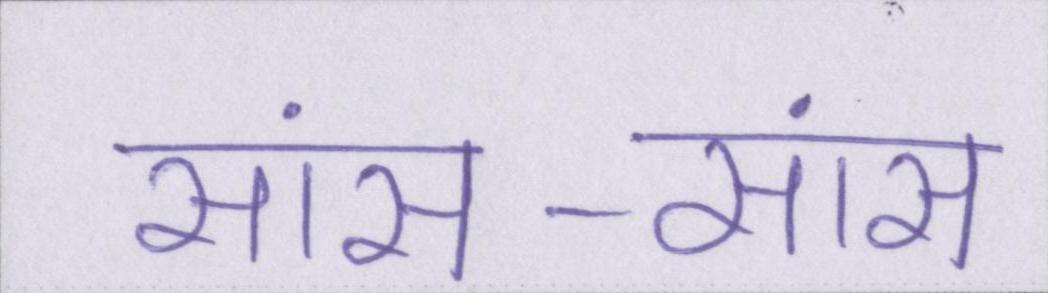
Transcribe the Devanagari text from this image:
सांस-सांस